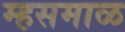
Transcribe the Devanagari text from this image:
म्हसमाळ